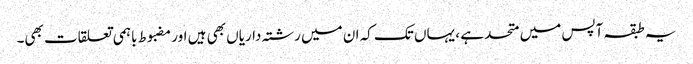
یہ طبقہ آپس میں متحد ہے ، یہاں تک کہ ان میں رشتہ داریاں بھی ہیں اور مضبوط باہمی تعلقات بھی۔